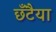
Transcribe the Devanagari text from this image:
छँटैया